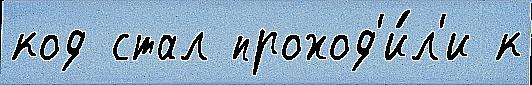
код стал проход'и́л'и к